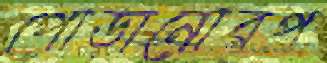
পোড়ানোরপ